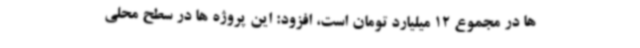
ها در مجموع 12 میلیارد تومان است، افزود: این پروژه ها در سطح محلی